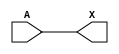
module sky130_fd_sc_ms__buf_3 (
    X,
    A
);
    output X;
    input  A;
    wire buf0_out_X;
    buf buf0 (buf0_out_X, A              );
    buf buf1 (X         , buf0_out_X     );
endmodule